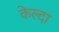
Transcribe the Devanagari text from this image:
केल्दा